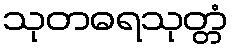
သုတဓရသုတ္တံ